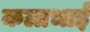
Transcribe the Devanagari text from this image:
कलाभाई